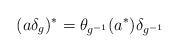
LaTeX: \begin{align*}(a\delta_g)^* = \theta_{g^{-1}}(a^*)\delta_{g^{-1}}\end{align*}